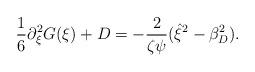
LaTeX: \begin{align*}\frac{1}{6} \partial_\xi^2 G(\xi) + D = -\frac{2}{\zeta \psi} (\hat{\xi}^2 - \beta_D^2).\end{align*}